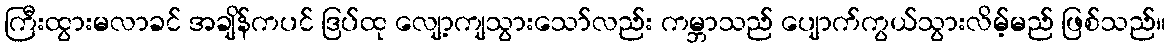
ကြီးထွားမလာခင် အချိန်ကပင် ဒြပ်ထု လျော့ကျသွားသော်လည်း ကမ္ဘာသည် ပျောက်ကွယ်သွားလိမ့်မည် ဖြစ်သည်။